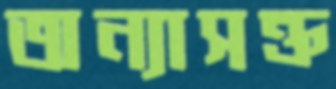
অন্যাসক্ত